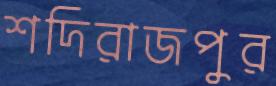
শদিরাজপুর